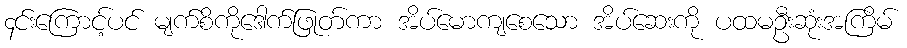
၄င်းကြောင့်ပင် မျက်စိကိုဒေါက်ဖြုတ်ကာ အိပ်မောကျစေသော အိပ်ဆေးကို ပထမဦးဆုံးအကြိမ်